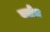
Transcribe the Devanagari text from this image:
बर्तम